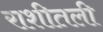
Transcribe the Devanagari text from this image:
राशीतली